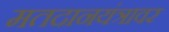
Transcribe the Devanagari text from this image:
मतदानयंत्रावर